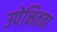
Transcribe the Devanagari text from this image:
उपेक्षितता